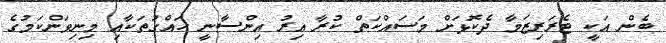
ބެން އަކީ ޓެރަރިޒަމާ ދެކޮޅަށް މަސައްކަތް ކުރާ އިރު އިންސާނީ ހައްގުތަކާއި މިނިވަންކަމުގެ